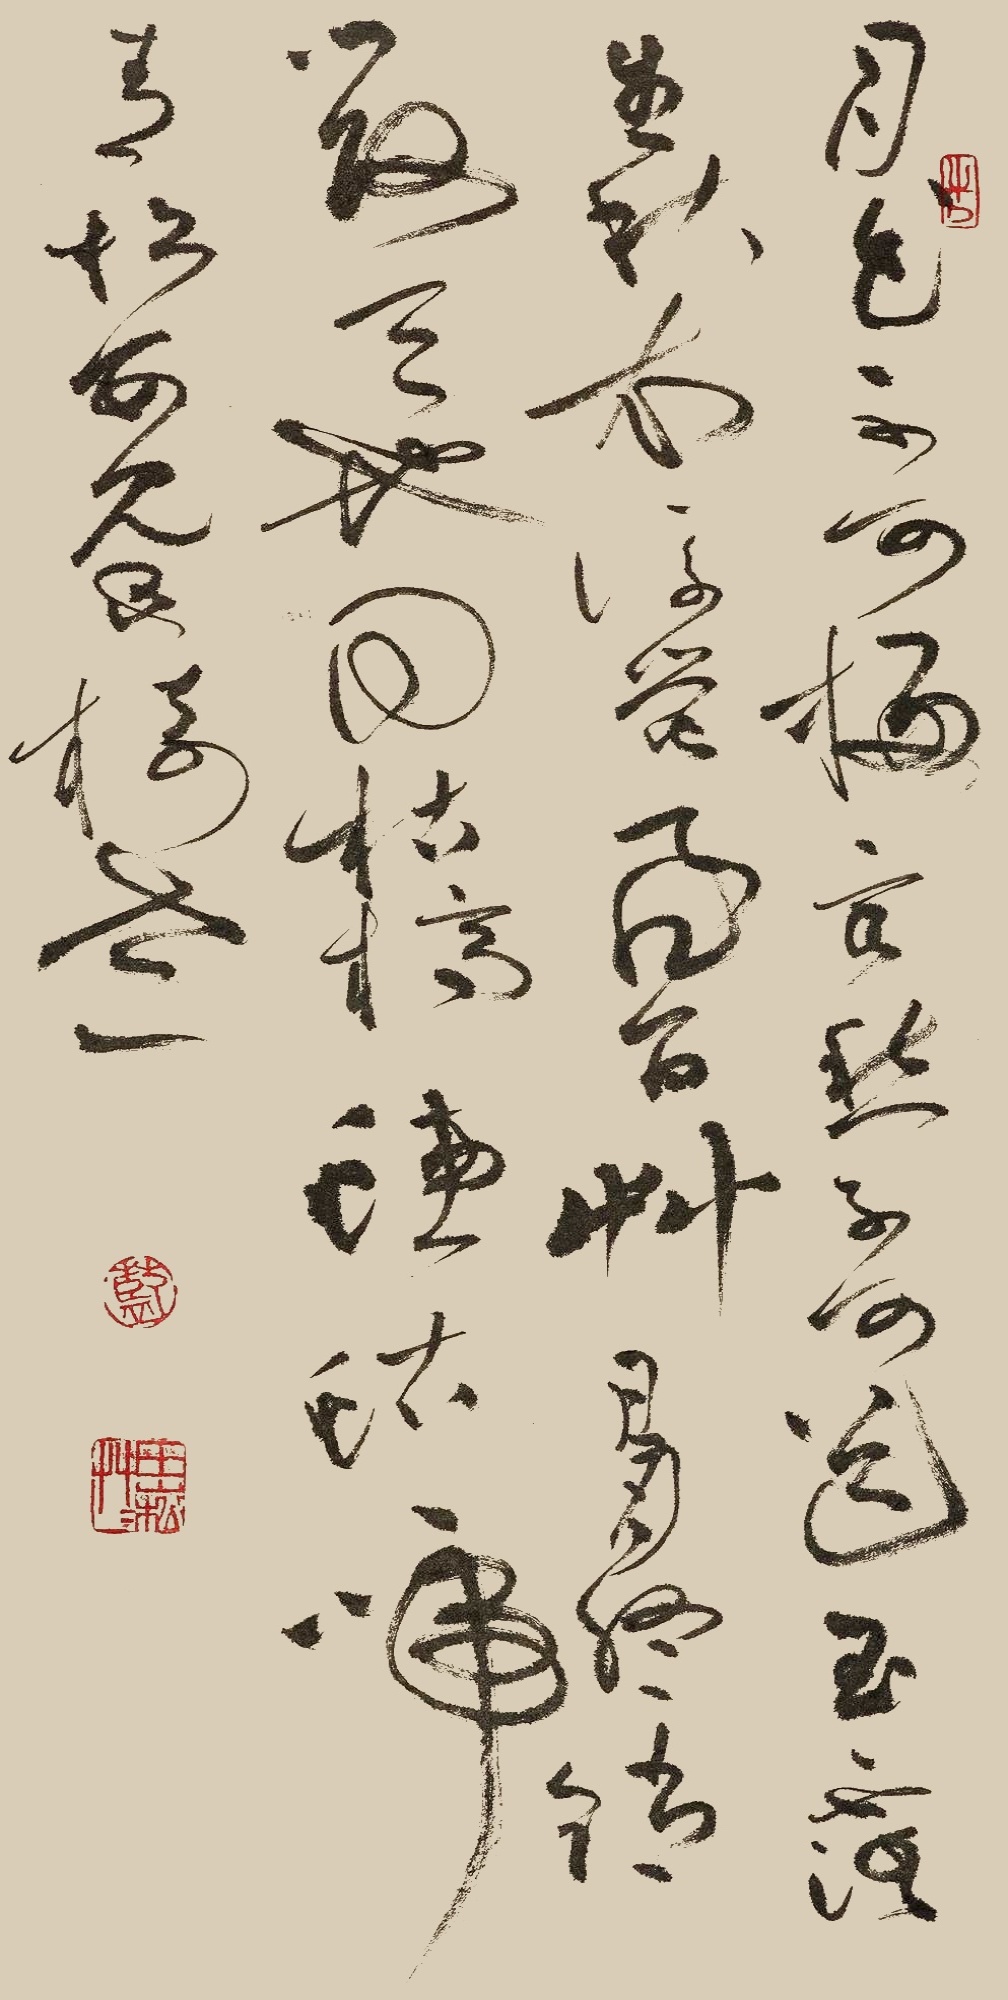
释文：月色不可扫，客愁不可道。玉露生秋衣，流萤飞百草。日月终销毁，天地同枯槁。蟪蛄啼青松，安见此树老。